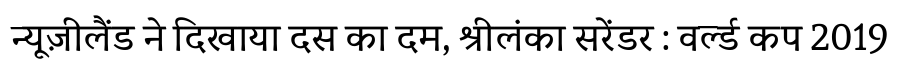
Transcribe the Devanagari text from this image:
न्यूज़ीलैंड ने दिखाया दस का दम, श्रीलंका सरेंडर : वर्ल्ड कप 2019